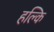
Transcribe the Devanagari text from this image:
हल्कि